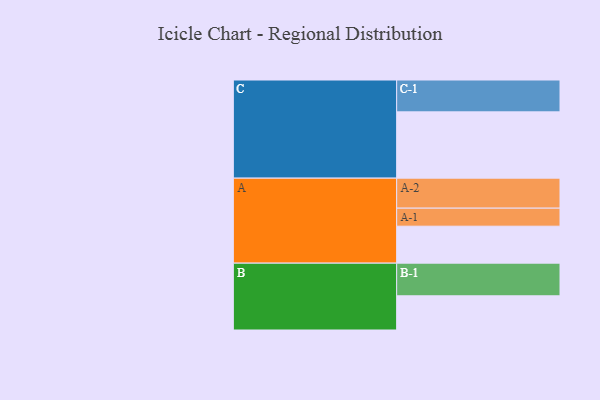
{"axis": {"x": "Segment", "y": "Value"}, "legend": ["", "A", "B", "C"], "data": [{"x": "A", "y": 334, "type": ""}, {"x": "B", "y": 309, "type": ""}, {"x": "C", "y": 599, "type": ""}, {"x": "A-1", "y": 163, "type": "A"}, {"x": "A-2", "y": 271, "type": "A"}, {"x": "B-1", "y": 295, "type": "B"}, {"x": "C-1", "y": 288, "type": "C"}]}